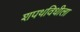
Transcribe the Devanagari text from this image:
शपथविधीला